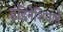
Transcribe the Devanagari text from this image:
इंडिनेशियाई